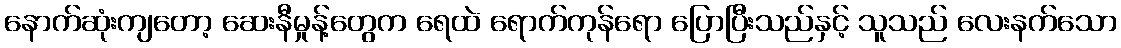
နောက်ဆုံးကျတော့ ဆေးနီမှုန့်တွေက ရေထဲ ရောက်ကုန်ရော ပြောပြီးသည်နှင့် သူသည် လေးနက်သော